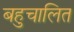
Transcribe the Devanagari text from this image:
बहुचालित